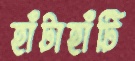
হাঁটাহাঁটি